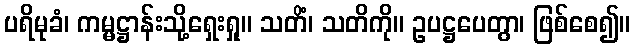
ပရိမုခံ၊ ကမ္မဋ္ဌာန်းသို့ရှေးရှု။ သတိံ၊ သတိကို။ ဥပဋ္ဌပေတွာ၊ ဖြစ်စေ၍။